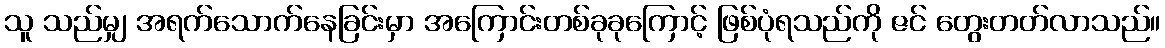
သူ သည်မျှ အရက်သောက်နေခြင်းမှာ အကြောင်းတစ်ခုခုကြောင့် ဖြစ်ပုံရသည်ကို ဇင် တွေးတတ်လာသည်။